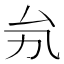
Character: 𠫜